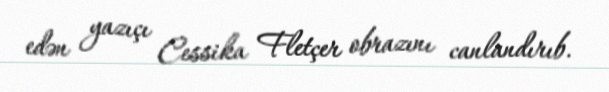
edən yazıçı Cessika Fletçer obrazını canlandırıb.